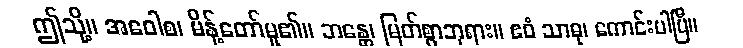
ဤသို့။ အဝေါစ၊ မိန့်တော်မူ၏။ ဘန္တေ၊ မြတ်စွာဘုရား။ ဧဝံ သာဓု၊ ကောင်းပါပြီ။